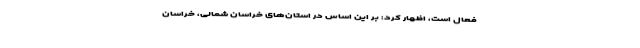
فعال است، اظهار کرد: بر این اساس در استان‌های خراسان شمالی، خراسان